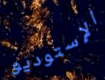
الإستوديو